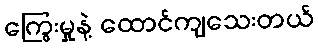
ကြွေးမှုနဲ့ ထောင်ကျသေးတယ်